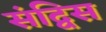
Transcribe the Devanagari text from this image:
संद्विस